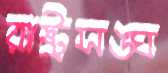
রাষ্ট্রসঙ্ঘ